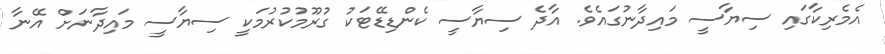
އެމެރިކާގައި ސިޔާސީ މައިދާނުގައެވެ. އާދެ ސިޔާސީ ކެންޑިޑޭޓަކު ގުރޫމުކުރުމަކީ ސިޔާސީ މައިދާނަށް އޭނާ